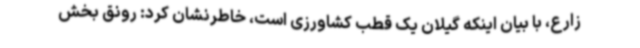
زارع، با بیان اینکه گیلان یک قطب کشاورزی است، خاطرنشان کرد: رونق بخش